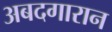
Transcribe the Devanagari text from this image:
अबदगारान